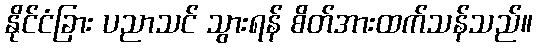
နိုင်ငံခြား ပညာသင် သွားရန် စိတ်အားထက်သန်သည်။